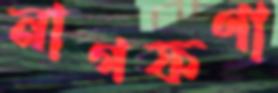
নাগফণা